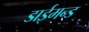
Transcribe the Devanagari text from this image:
डाईमन्ड